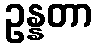
ဥန္နတာ